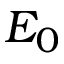
E _ { 0 }